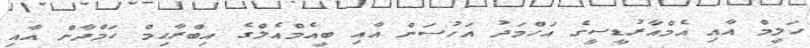
ހަލީމް އާއި އެމްއާރުޑީސީގެ އަހްމަދު އަހުސަން އާއި ބީއެމްއެލްގެ އިބްރާޙިމް ހަމްދާން އާއި